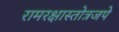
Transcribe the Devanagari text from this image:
रामरक्षास्तोत्रजपे